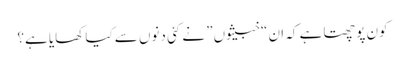
کون پوچھتا ہے کہ ان “خبیثوں” نے کئی دنوں سے کیا کھایا ہے؟